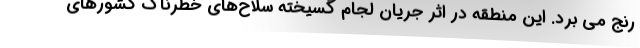
رنج می برد. این منطقه در اثر جریان لجام گسیخته سلاح‌های خطرناک کشورهای